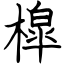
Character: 槹